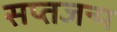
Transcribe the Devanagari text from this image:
सप्तजन्म